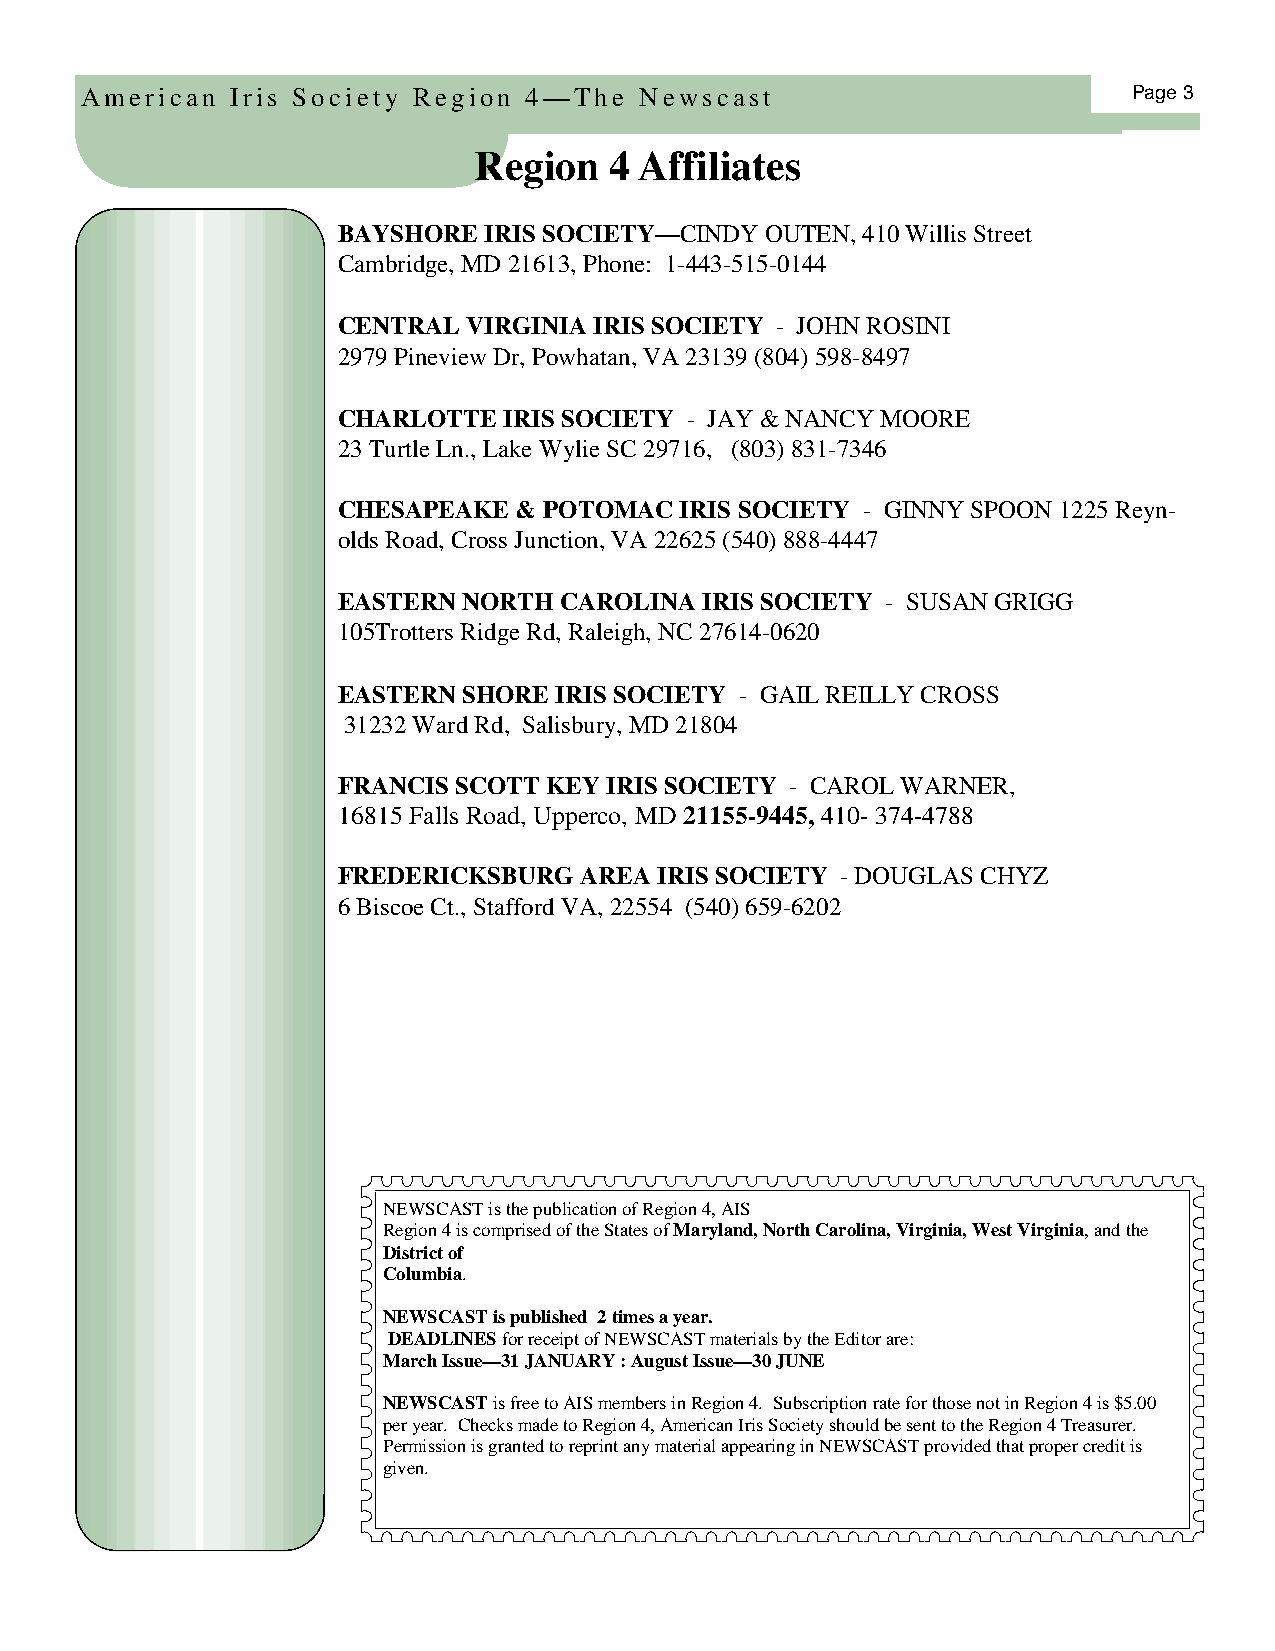
American  Iris Society Region 4—The  Newscast                         Page 3
 Region   4 Affiliates
 BAYSHORE  IRIS SOCIETY—CINDY OUTEN, 410 Willis Street
 Cambridge, MD 21613, Phone: 1-443-515-0144
 CENTRAL  VIRGINIA IRIS SOCIETY - JOHN ROSINI
 2979 Pineview Dr, Powhatan, VA 23139 (804) 598-8497
 CHARLOTTE  IRIS SOCIETY - JAY & NANCY MOORE
 23 Turtle Ln., Lake Wylie SC 29716, (803) 831-7346
 CHESAPEAKE  & POTOMAC  IRIS SOCIETY - GINNY SPOON 1225 Reyn-
 olds Road, Cross Junction, VA 22625 (540) 888-4447
 EASTERN  NORTH CAROLINA IRIS SOCIETY - SUSAN GRIGG
 105Trotters Ridge Rd, Raleigh, NC 27614-0620
 EASTERN  SHORE IRIS SOCIETY - GAIL REILLY CROSS
 31232 Ward Rd, Salisbury, MD 21804
 FRANCIS SCOTT KEY IRIS SOCIETY - CAROL WARNER,
 16815 Falls Road, Upperco, MD 21155-9445, 410- 374-4788
 FREDERICKSBURG  AREA  IRIS SOCIETY - DOUGLAS CHYZ
 6 Biscoe Ct., Stafford VA, 22554 (540) 659-6202
 NEWSCAST is the publication of Region 4, AIS
 Region 4 is comprised of the States of Maryland, North Carolina, Virginia, West Virginia, and the
 District of
 Columbia.
 NEWSCAST is published 2 times a year.
 DEADLINES for receipt of NEWSCAST materials by the Editor are:
 March Issue—31 JANUARY : August Issue—30 JUNE
 NEWSCAST is free to AIS members in Region 4. Subscription rate for those not in Region 4 is $5.00
 per year. Checks made to Region 4, American Iris Society should be sent to the Region 4 Treasurer.
 Permission is granted to reprint any material appearing in NEWSCAST provided that proper credit is
 given.